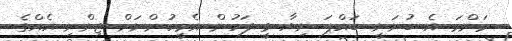
މަންމަ އެ ބުނަނީ ބައްޕަ ނިޔާ ވީ ފަހުން އެމީހުންނަށް ޖިންނި އެއްގެ